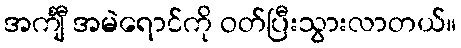
အင်္ကျီ အမဲရောင်ကို ဝတ်ပြီးသွားလာတယ်။